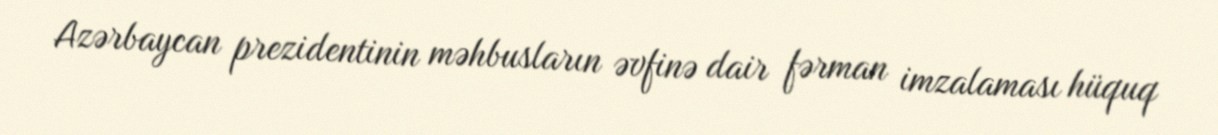
Azərbaycan prezidentinin məhbusların əvfinə dair fərman imzalaması hüquq